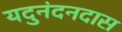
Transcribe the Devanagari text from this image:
यदुनंदनदास